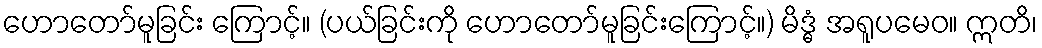
ဟောတော်မူခြင်း ကြောင့်။ (ပယ်ခြင်းကို ဟောတော်မူခြင်းကြောင့်။) မိဒ္ဓံ အရူပမေဝ။ ဣတိ၊